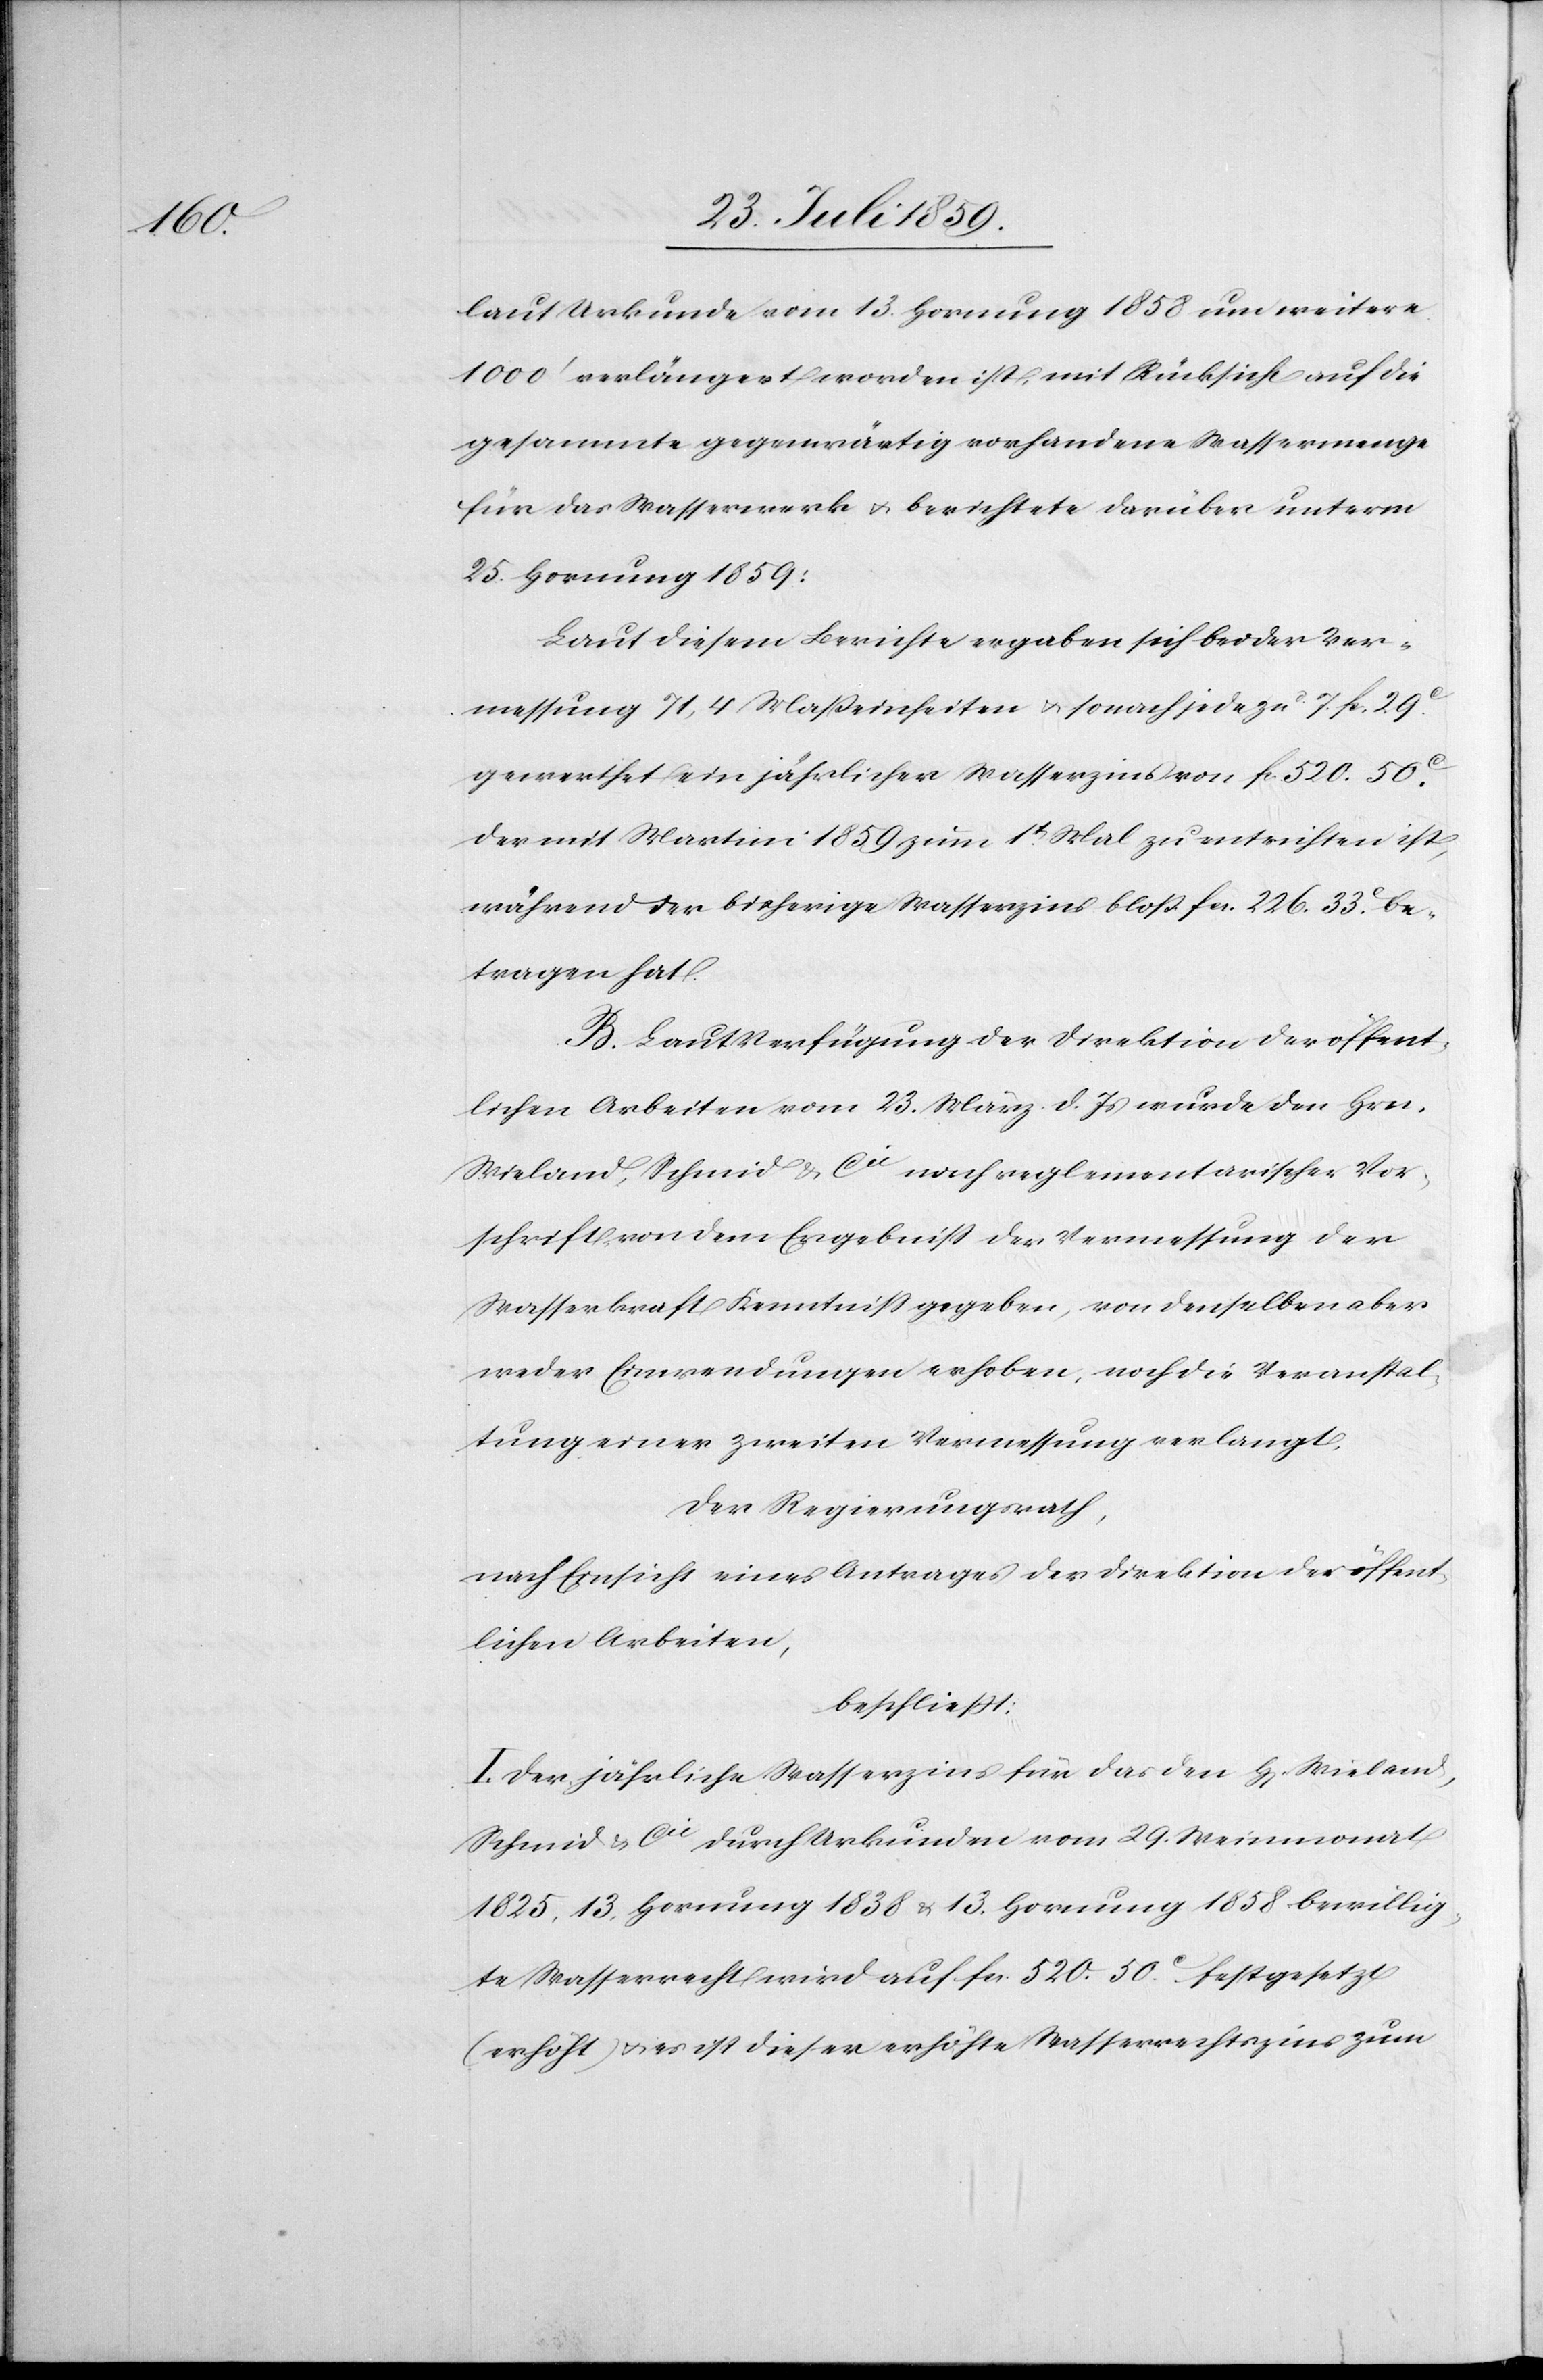
laut Urkunde vom 13. Hornung 1858 um weitere
1000’ verlängert worden ist, mit Rücksicht auf die
gesammte gegenwärtig vorhandene Wassermenge
für das Wasserwerk u. berichtete darüber unterm
25. Hornung 1859:
Laut diesem Berichte ergaben sich bei der Ver¬
messung 71,4 Maßeinheiten u. sonach jede zu 7. fc. 29c.
gewerthet ein jährlicher Wasserzins von fc. 520. 50c.
der mit Martini 1859 zum 1t[en] Mal zu entrichten ist,
während der bisherige Wasserzins bloß fcs. 226. 33c. be¬
tragen hat.
B. Laut Verfügung der Direktion der öffent¬
lichen Arbeiten vom 23. März d. Js. wurde den Hrn.
Wieland, Schmid & Cie. nach reglementarischer Vor¬
schrift von dem Ergebniß der Vermessung der
Wasserkraft Kenntniß gegeben, von denselben aber
weder Einwendungen erhoben, noch die Veranstal¬
tung einer zweiten Vermessung verlangt.
Der Regierungsrath,
nach Einsicht eines Antrages der Direktion der öffent¬
lichen Arbeiten,
beschließt:
I. Der jährliche Wasserzins für das den H[errn] Wieland,
Schmid & Cie durch Urkunden vom 29. Weinmonat
1825, 13. Hornung 1838 u. 13. Hornung 1858 bewillig¬
te Wasserrecht wird auf fcs. 520. 50c. festgesetzt
(erhöht) u. es ist dieser erhöhte Wasserrechtszins zum